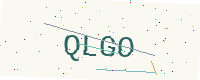
Text: QLGO